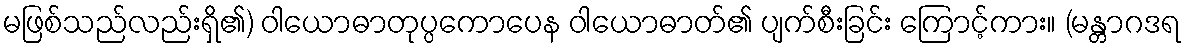
မဖြစ်သည်လည်းရှိ၏) ဝါယောဓာတုပ္ပကောပေန ဝါယောဓာတ်၏ ပျက်စီးခြင်း ကြောင့်ကား။ (မန္တာဂဒရ